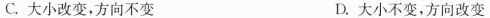
C.大小改变，方向不变 D.大小不变，方向改变